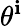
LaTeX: \theta^{\mathbf{i}}